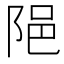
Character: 𨹝